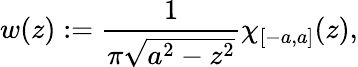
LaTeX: w(z):=\frac{1}{\pi\sqrt{a^{2}-z^{2}}}\chi_{[-a,a]}(z),